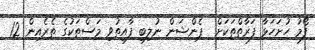
ފޯމު ހުށަހަޅާ ފަރާތްތަކަށް  ޕެންޝަން ނުލިބި ފާއިތުވި މަސްތަކުގެ ތެރެއިން 12